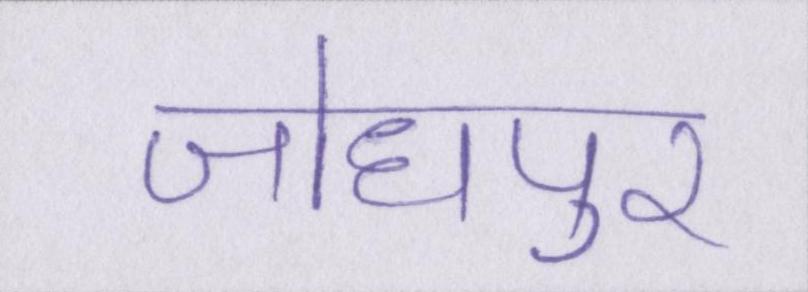
जोधपुर